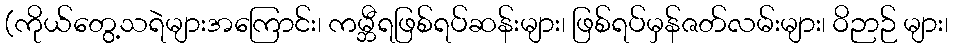
(ကိုယ်တွေ့သရဲများအကြောင်း၊ ကမ္ဘီရဖြစ်ရပ်ဆန်းများ၊ ဖြစ်ရပ်မှန်ဇတ်လမ်းများ၊ ဝိဉာဉ် များ၊